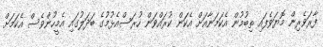
ފާރަވެރިން މޮޔަވެފައި ތިބުމުން އެކަމަނާއަށް އެކަން ކުރައްވަން ހުރަސްއެޅުމުގެ ބަދަލުގައި އެމީހުންވެސް އެކަމަށް